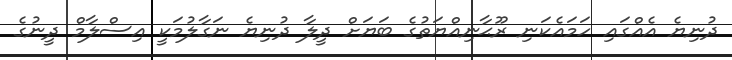
ދުނިޔެ އެއްގައި ހަމައެކަނި ރޫޙާނިއްޔަތުގެ ބަޔަށް ދީލާ ދުނިޔެ ނަގާލުމަކީ އިސްލާމް ދީނުގެ